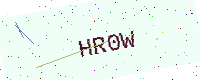
Text: HR0W